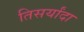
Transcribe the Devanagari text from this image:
तिसर्यांदा